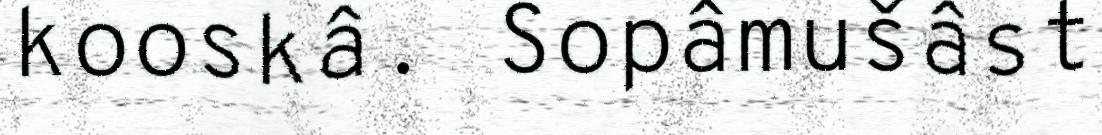
kooskâ. Sopâmušâst